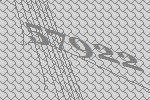
57922